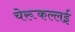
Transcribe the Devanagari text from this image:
चेरूकल्लई